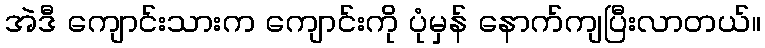
အဲဒီ ကျောင်းသားက ကျောင်းကို ပုံမှန် နောက်ကျပြီးလာတယ်။